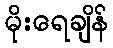
မိုးရေချိန်